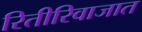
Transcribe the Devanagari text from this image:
रितीरिवाजात